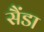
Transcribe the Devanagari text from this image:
सैंडा